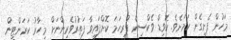
މަހުން ފެށިގެން ކަމަށެވެ. ކޮވިޑް ވެކްސިން ފުރިހަމަ ކޮށްފައިވާ ފަތުރުވެރިންނަށް މިހާރު ކަރަންޓީން